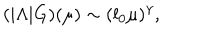
( | \Lambda | G ) ( \mu ) \sim ( l _ { 0 } \mu ) ^ { \gamma } ,